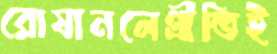
রোষানলেপ্রীতিই